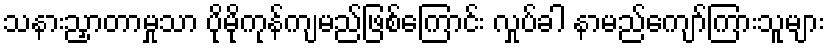
သနားညှာတာမှုသာ ပိုမိုကုန်ကျမည်ဖြစ်ကြောင်း လှုပ်ခါ နာမည်ကျော်ကြားသူများ